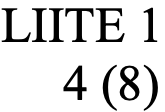
LIITE 1 4 (8)